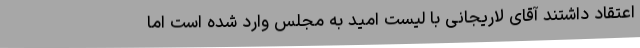
اعتقاد داشتند آقای لاریجانی با لیست امید به مجلس وارد شده است اما